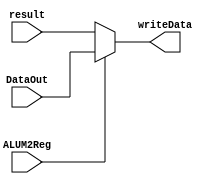
`timescale 1ns / 1ps
//////////////////////////////////////////////////////////////////////////////////
// Company: SYSU
// 
// Design Name: 
// Module Name:    WDSelector 
// Project Name: 
// Target Devices: 
// Tool versions: 
// Description: 
//
// Dependencies: 
//
// Revision: 
// Revision 0.01 - File Created
// Additional Comments: 
//
//////////////////////////////////////////////////////////////////////////////////
/*
	WriteData
*/
module WDSelector(
	input ALUM2Reg,
	input [31:0] result,
	input [31:0] DataOut,
	output wire [31:0] writeData
    );
	assign writeData = ALUM2Reg ? DataOut : result;
endmodule